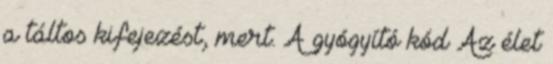
a táltos kifejezést, mert. A gyógyító kód Az élet